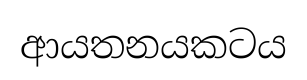
ආයතනයකටය